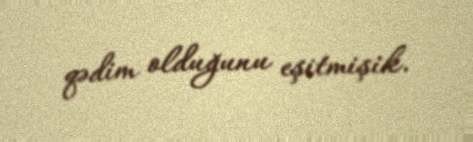
qədim olduğunu eşitmişik.